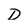
Character: D